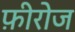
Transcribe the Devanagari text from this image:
फ़ीरोज